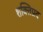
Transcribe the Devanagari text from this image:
शक्तिप्रद